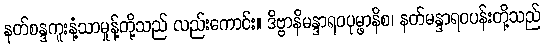
နတ်စန္ဒကူးနံ့သာမှုန့်တို့သည် လည်းကောင်း။ ဒိဗ္ဗာနိမန္ဒာရဝပုမ္ဖာနိစ၊ နတ်မန္ဒာရဝပန်းတို့သည်